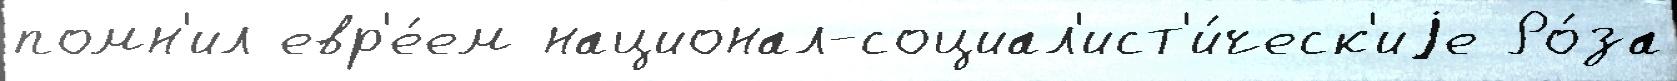
помн'ил евр'е́ем национал-социал'ист'и́ческ'иjе Ро́за